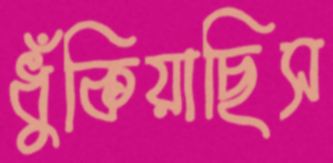
ধুঁকিয়াছিস